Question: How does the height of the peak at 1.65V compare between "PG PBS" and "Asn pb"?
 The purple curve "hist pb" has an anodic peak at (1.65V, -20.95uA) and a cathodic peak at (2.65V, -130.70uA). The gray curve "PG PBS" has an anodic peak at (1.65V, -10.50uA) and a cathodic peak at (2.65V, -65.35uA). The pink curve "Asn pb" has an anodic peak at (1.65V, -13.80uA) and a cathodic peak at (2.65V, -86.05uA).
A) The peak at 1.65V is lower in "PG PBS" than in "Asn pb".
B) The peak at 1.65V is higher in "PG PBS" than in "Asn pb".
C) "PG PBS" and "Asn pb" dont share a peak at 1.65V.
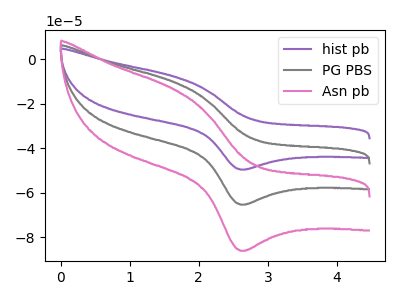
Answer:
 <answer>B) The peak at 1.65V is higher in "PG PBS" than in "Asn pb".</answer>
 <eval>B</eval>